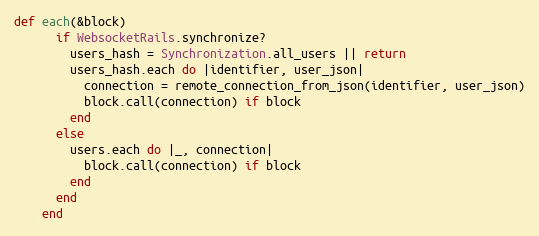
Language: Ruby
def each(&block)
      if WebsocketRails.synchronize?
        users_hash = Synchronization.all_users || return
        users_hash.each do |identifier, user_json|
          connection = remote_connection_from_json(identifier, user_json)
          block.call(connection) if block
        end
      else
        users.each do |_, connection|
          block.call(connection) if block
        end
      end
    end